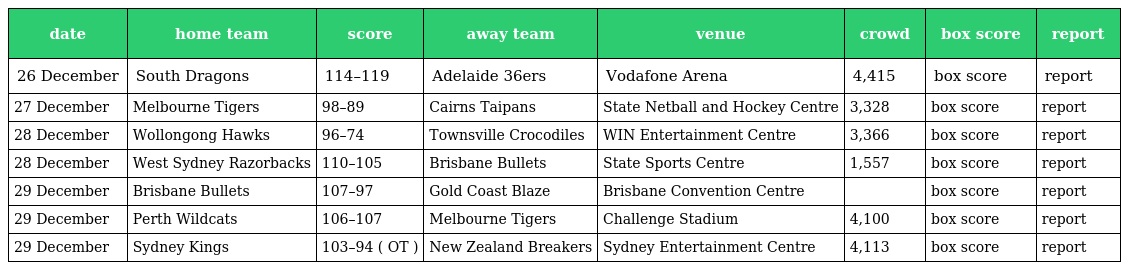
| date | home team | score | away team | venue | crowd | box score | report |
 | --- | --- | --- | --- | --- | --- | --- | --- |
 | 26 December | South Dragons | 114–119 | Adelaide 36ers | Vodafone Arena | 4,415 | box score | report |
 | 27 December | Melbourne Tigers | 98–89 | Cairns Taipans | State Netball and Hockey Centre | 3,328 | box score | report |
 | 28 December | Wollongong Hawks | 96–74 | Townsville Crocodiles | WIN Entertainment Centre | 3,366 | box score | report |
 | 28 December | West Sydney Razorbacks | 110–105 | Brisbane Bullets | State Sports Centre | 1,557 | box score | report |
 | 29 December | Brisbane Bullets | 107–97 | Gold Coast Blaze | Brisbane Convention Centre |  | box score | report |
 | 29 December | Perth Wildcats | 106–107 | Melbourne Tigers | Challenge Stadium | 4,100 | box score | report |
 | 29 December | Sydney Kings | 103–94 ( OT ) | New Zealand Breakers | Sydney Entertainment Centre | 4,113 | box score | report |